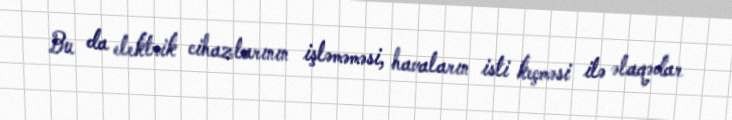
Bu da elektrik cihazlarının işləməməsi, havaların isti keçməsi ilə əlaqədar